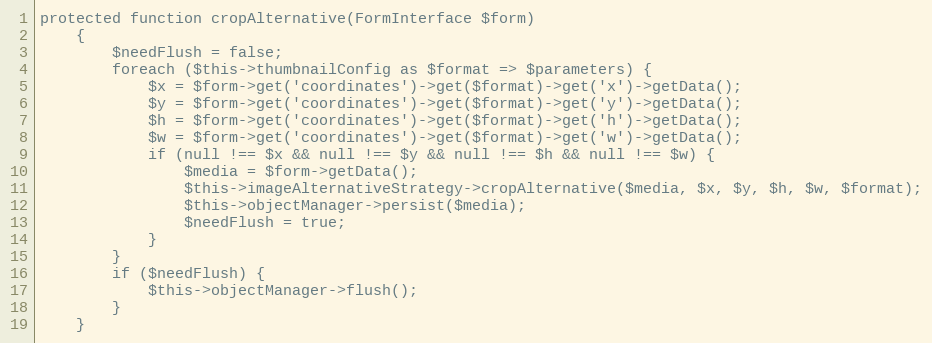
Language: PHP
protected function cropAlternative(FormInterface $form)
    {
        $needFlush = false;
        foreach ($this->thumbnailConfig as $format => $parameters) {
            $x = $form->get('coordinates')->get($format)->get('x')->getData();
            $y = $form->get('coordinates')->get($format)->get('y')->getData();
            $h = $form->get('coordinates')->get($format)->get('h')->getData();
            $w = $form->get('coordinates')->get($format)->get('w')->getData();
            if (null !== $x && null !== $y && null !== $h && null !== $w) {
                $media = $form->getData();
                $this->imageAlternativeStrategy->cropAlternative($media, $x, $y, $h, $w, $format);
                $this->objectManager->persist($media);
                $needFlush = true;
            }
        }
        if ($needFlush) {
            $this->objectManager->flush();
        }
    }